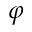
\varphi